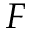
F